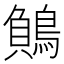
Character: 𪃓